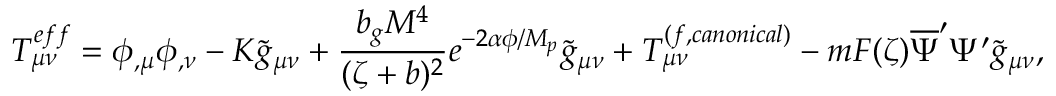
T _ { \mu \nu } ^ { e f f } = \phi _ { , \mu } \phi _ { , \nu } - K \tilde { g } _ { \mu \nu } + \frac { b _ { g } M ^ { 4 } } { ( \zeta + b ) ^ { 2 } } e ^ { - 2 \alpha \phi / M _ { p } } \tilde { g } _ { \mu \nu } + T _ { \mu \nu } ^ { ( f , c a n o n i c a l ) } - m F ( \zeta ) \overline { { { \Psi } } } ^ { \prime } \Psi ^ { \prime } \tilde { g } _ { \mu \nu } ,